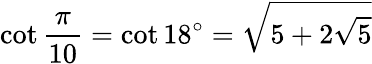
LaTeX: \cot{\frac{\pi}{10}}=\cot 18^{\circ}={\sqrt{5+2{\sqrt{5}}}}